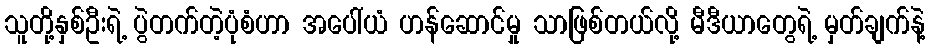
သူတို့နှစ်ဦးရဲ့ ပွဲတက်တဲ့ပုံစံဟာ အပေါ်ယံ ဟန်ဆောင်မှု သာဖြစ်တယ်လို့ မီဒီယာတွေရဲ့ မှတ်ချက်နဲ့